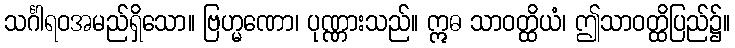
သင်္ဂါရဝအမည်ရှိသော။ ဗြဟ္မဏော၊ ပုဏ္ဏားသည်။ ဣဓ သာဝတ္ထိယံ၊ ဤသာဝတ္ထိပြည်၌။